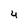
Character: 4